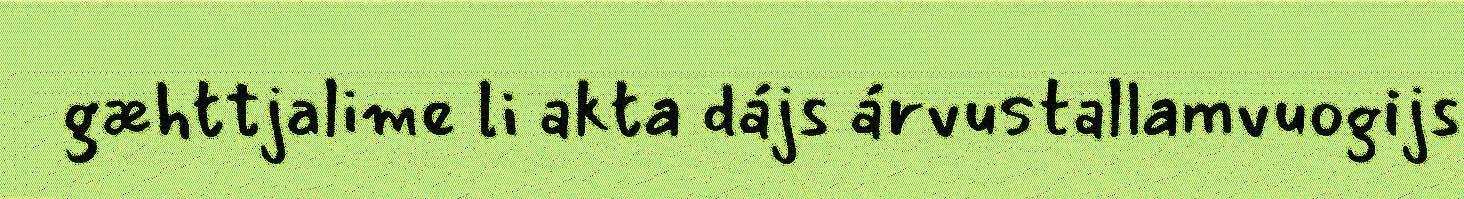
gæhttjalime li akta dájs árvustallamvuogijs